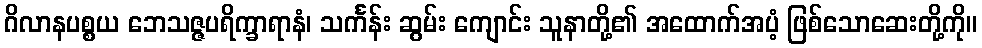
ဂိလာနပစ္စယ ဘေသဇ္ဇပရိက္ခာရာနံ၊ သင်္ကန်း ဆွမ်း ကျောင်း သူနာတို့၏ အထောက်အပံ့ ဖြစ်သောဆေးတို့ကို။